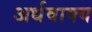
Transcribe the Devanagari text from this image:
अर्धवाक्य